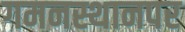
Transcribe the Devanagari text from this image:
गमनस्थानपर